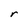
Character: r